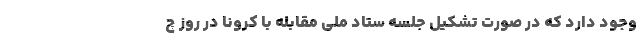
وجود دارد که در صورت تشکیل جلسه ستاد ملی مقابله با کرونا در روز چ